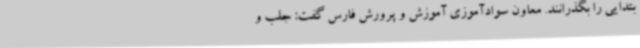
بتدایی را بگذرانند. معاون سوادآموزی آموزش و پرورش فارس گفت: جلب و